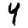
Digit: 4